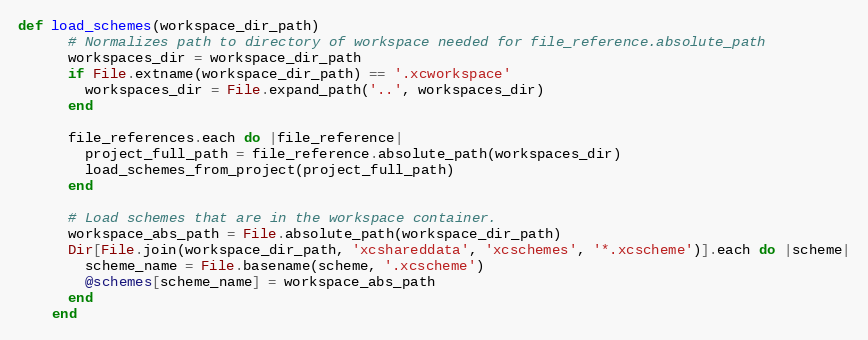
Language: Ruby
def load_schemes(workspace_dir_path)
      # Normalizes path to directory of workspace needed for file_reference.absolute_path
      workspaces_dir = workspace_dir_path
      if File.extname(workspace_dir_path) == '.xcworkspace'
        workspaces_dir = File.expand_path('..', workspaces_dir)
      end

      file_references.each do |file_reference|
        project_full_path = file_reference.absolute_path(workspaces_dir)
        load_schemes_from_project(project_full_path)
      end

      # Load schemes that are in the workspace container.
      workspace_abs_path = File.absolute_path(workspace_dir_path)
      Dir[File.join(workspace_dir_path, 'xcshareddata', 'xcschemes', '*.xcscheme')].each do |scheme|
        scheme_name = File.basename(scheme, '.xcscheme')
        @schemes[scheme_name] = workspace_abs_path
      end
    end